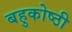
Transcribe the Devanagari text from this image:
बहुकोष्ठी